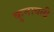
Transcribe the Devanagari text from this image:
कुनावली